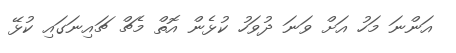
އަންނަ މަހު އަށް ވަނަ ދުވަހު ކުޅެން އޮތް މެޗް ޗައިނަގައި ކުޅޭ